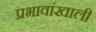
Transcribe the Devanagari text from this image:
प्रभावांखाली